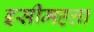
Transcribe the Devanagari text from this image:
इसीमहत्ता